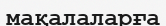
мақалаларға